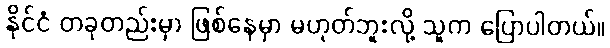
နိုင်ငံ တခုတည်းမှာ ဖြစ်နေမှာ မဟုတ်ဘူးလို့ သူက ပြောပါတယ်။